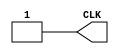
`timescale 1ns/1ns

module Clock_400(CLK);

output CLK;
reg CLK;

initial begin
	CLK = 1'b1;
end

always begin
	#200 CLK = 1'b0;
	#200 CLK = 1'b1;
end

endmodule